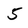
Character: 5